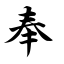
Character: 奉